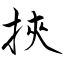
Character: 挾